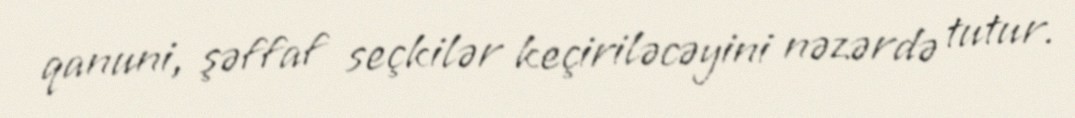
qanuni, şəffaf seçkilər keçiriləcəyini nəzərdə tutur.